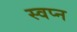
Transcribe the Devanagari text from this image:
स्‍वप्‍न